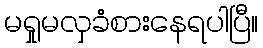
မရှုမလှခံစားနေရပါပြီ။